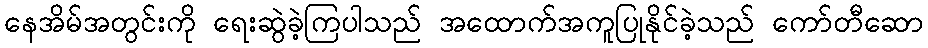
နေအိမ်အတွင်းကို ရေးဆွဲခဲ့ကြပါသည် အထောက်အကူပြုနိုင်ခဲ့သည် ကော်တီဆော